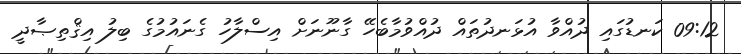
09:12 ކަނޑުގައި ދުއްވާ އުޅަނދުތައް ދުއްވުމާބެހޭ ގާނޫނަށް އިސްލާހު ގެނައުމުގެ ބިލު އިޤްތިޞާދީ